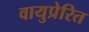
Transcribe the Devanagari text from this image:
वायुप्रेरित